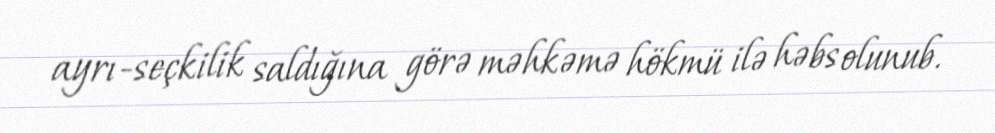
ayrı-seçkilik saldığına görə məhkəmə hökmü ilə həbs olunub.